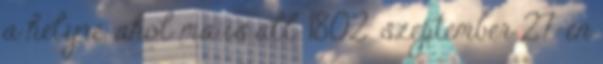
a helyre, ahol ma is áll. 1802. szeptember 27-én